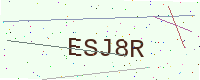
Text: ESJ8R